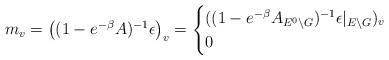
\begin{align*}m_v=\big((1-e^{-\beta}A)^{-1}\epsilon\big)_v=\begin{cases}((1-e^{-\beta}A_{E^0\backslash G})^{-1}\epsilon|_{E\backslash G})_v&\\0&\end{cases}\end{align*}